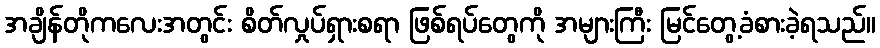
အချိန်တိုကလေးအတွင်း စိတ်လှုပ်ရှားစရာ ဖြစ်ရပ်တွေကို အများကြီး မြင်တွေ့ခံစားခဲ့ရသည်။